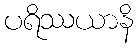
ပရိဿယာနိ